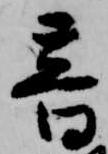
音